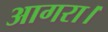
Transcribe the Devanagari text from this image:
आगरा।